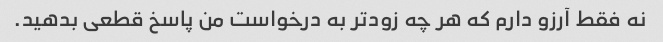
نه فقط آرزو دارم که هر چه زودتر به درخواست من پاسخ قطعی بدهید.